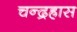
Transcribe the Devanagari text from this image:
चन्द्रह्रास